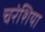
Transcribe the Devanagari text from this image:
चरंशिया